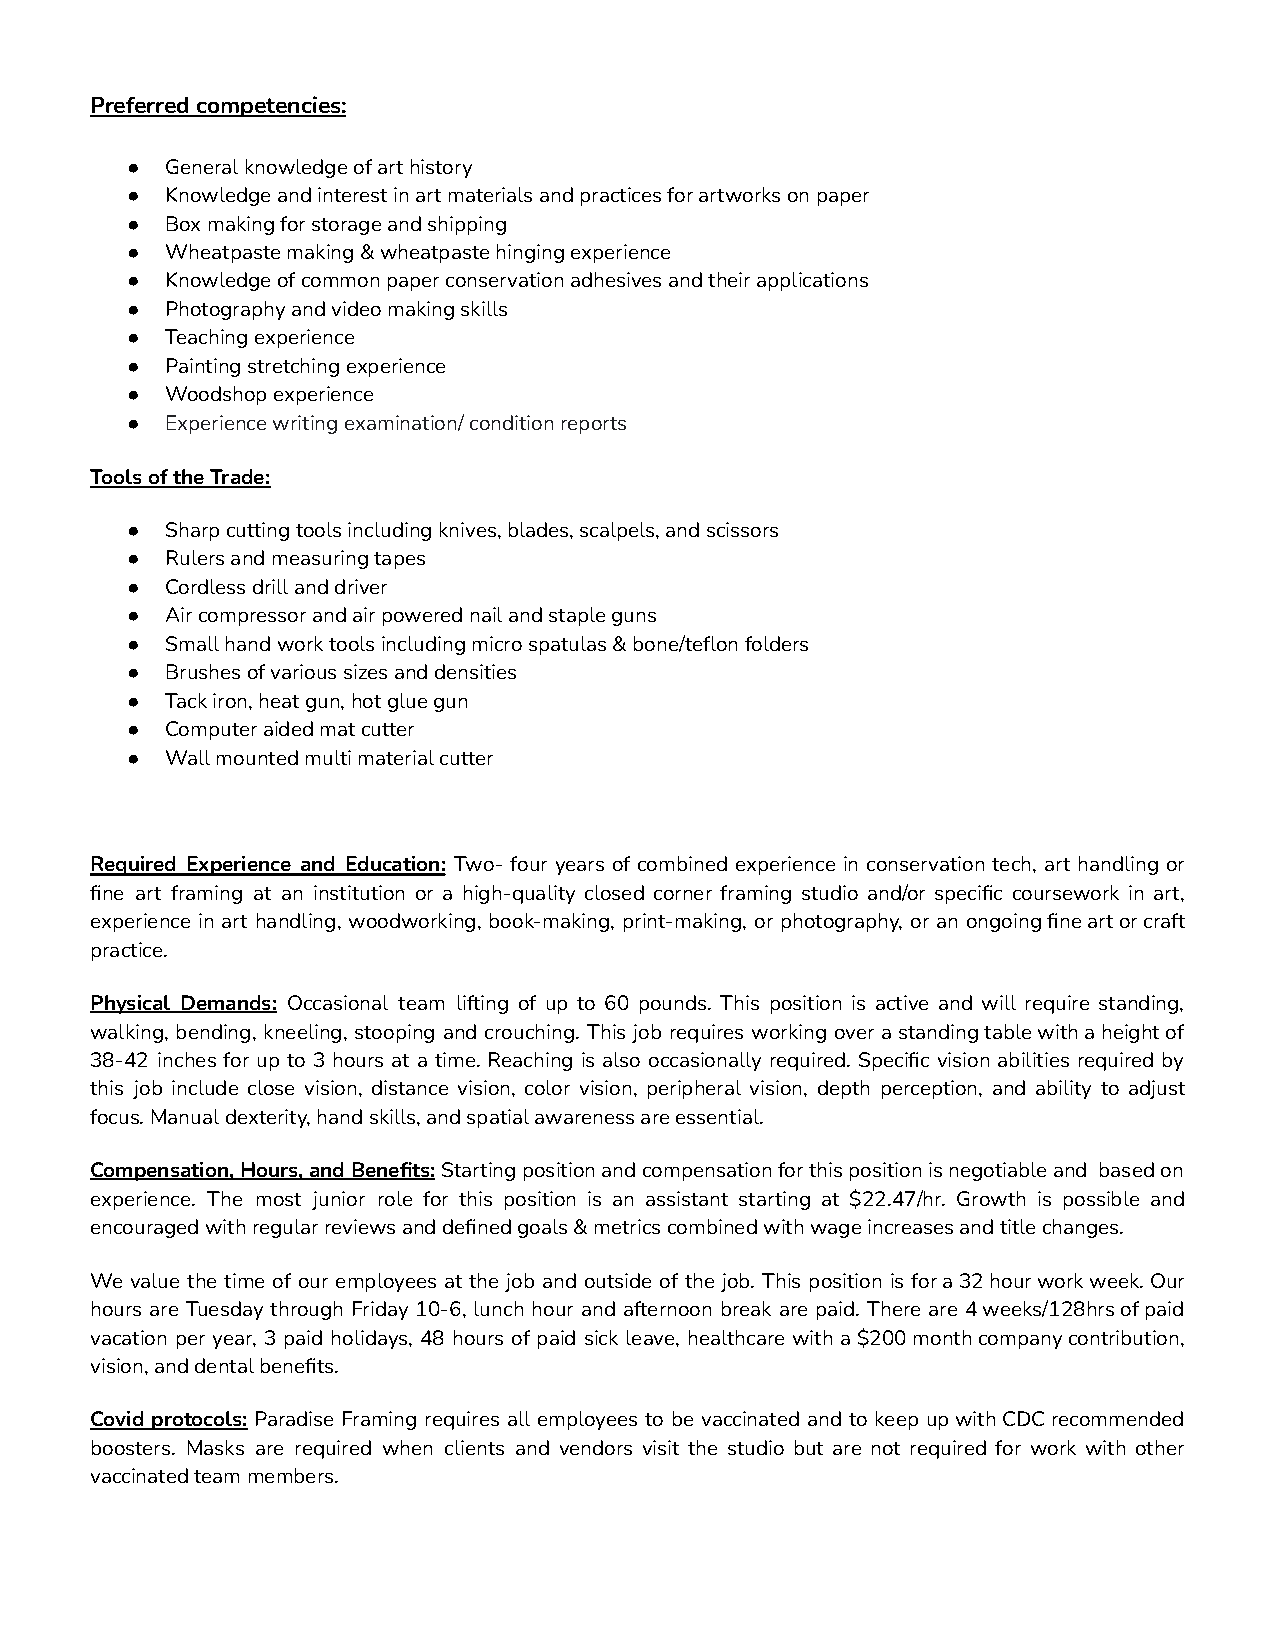
Preferred competencies:
 ●  General knowledge of art history
 ●  Knowledge and interest in art materials and practices for artworks on paper
 ●  Box making for storage and shipping
 ●  Wheatpaste making & wheatpaste hinging experience
 ●  Knowledge of common paper conservation adhesives and their applications
 ●  Photography and video making skills
 ●  Teaching experience
 ●  Painting stretching experience
 ●  Woodshop experience
 ●  Experience writing examination/ condition reports
 Tools of the Trade:
 ●  Sharp cutting tools including knives, blades, scalpels, and scissors
 ●  Rulers and measuring tapes
 ●  Cordless drill and driver
 ●  Air compressor and air powered nail and staple guns
 ●  Small hand work tools including micro spatulas & bone/teflon folders
 ●  Brushes of various sizes and densities
 ●  Tack iron, heat gun, hot glue gun
 ●  Computer aided mat cutter
 ●  Wall mounted multi material cutter
 Required Experience and Education: Two- four years of combined experience in conservation tech, art handling or
 fine art framing at an institution or a high-quality closed corner framing studio and/or specific coursework in art,
 experience in art handling, woodworking, book-making, print-making, or photography, or an ongoingfineartorcraft
 practice.
 Physical Demands: Occasional team lifting of up to 60 pounds. This position is active and will require standing,
 walking, bending, kneeling, stooping and crouching. This job requires working over astandingtablewithaheightof
 38-42 inches for up to 3 hours at a time. Reaching is also occasionally required. Specific vision abilities required by
 this job include close vision, distance vision, color vision, peripheral vision, depth perception, and ability to adjust
 focus. Manual dexterity, hand skills, and spatial awareness are essential.
 Compensation,Hours,andBenefits:Startingpositionandcompensationforthispositionisnegotiableand basedon
 experience. The most junior role for this position is an assistant starting at $22.47/hr. Growth is possible and
 encouraged with regular reviews and defined goals & metrics combined with wage increases and title changes.
 We value the time of our employees at the job and outside of the job. This position is fora32hourworkweek.Our
 hours are Tuesday through Friday 10-6, lunch hour and afternoon break are paid. There are 4weeks/128hrsofpaid
 vacation per year, 3 paid holidays, 48 hours of paid sick leave, healthcare with a$200monthcompanycontribution,
 vision, and dental benefits.
 Covid protocols: Paradise Framing requires all employees to be vaccinated and to keep upwithCDCrecommended
 boosters. Masks are required when clients and vendors visit the studio but are not required for work with other
 vaccinated team members.